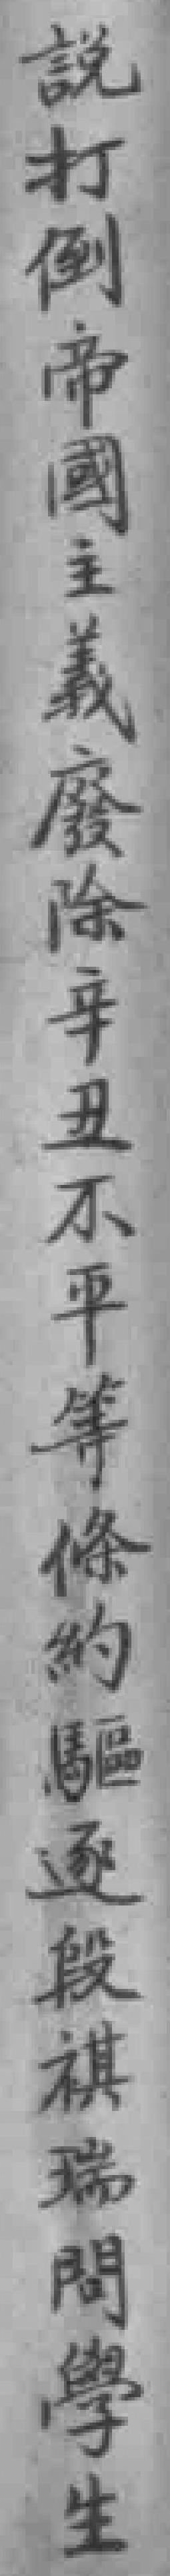
說打倒帝國主義廢除辛丑不平等條約驅逐段祺瑞問學生